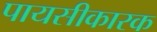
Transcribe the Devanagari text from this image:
पायसीकारक